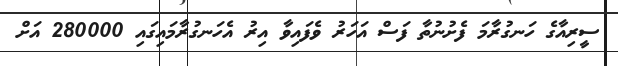
ސީރިއާގެ ހަނގުރާމަ ފެށުނުތާ ފަސް އަހަރު ވެފައިވާ އިރު އެހަނގުރާމައިގައި 280000 އަށް